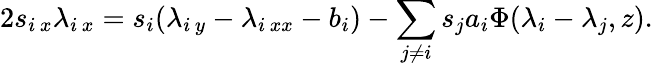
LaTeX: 2s_{i\, x}\lambda_{i\, x}=s_{i}(\lambda_{i\, y}-\lambda_{i\, xx}-b_{i})-\sum_{j\ne i}s_{j}a_{i}\Phi(\lambda_{i}-\lambda_{j},z).